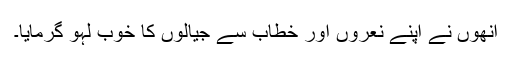
انھوں نے اپنے نعروں اور خطاب سے جیالوں کا خوب لہو گرمایا۔